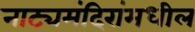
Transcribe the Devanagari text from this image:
नाट्यमंदिरांमधील